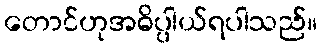
တောင်ဟုအဓိပ္ပါယ်ရပါသည်။